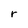
Character: r